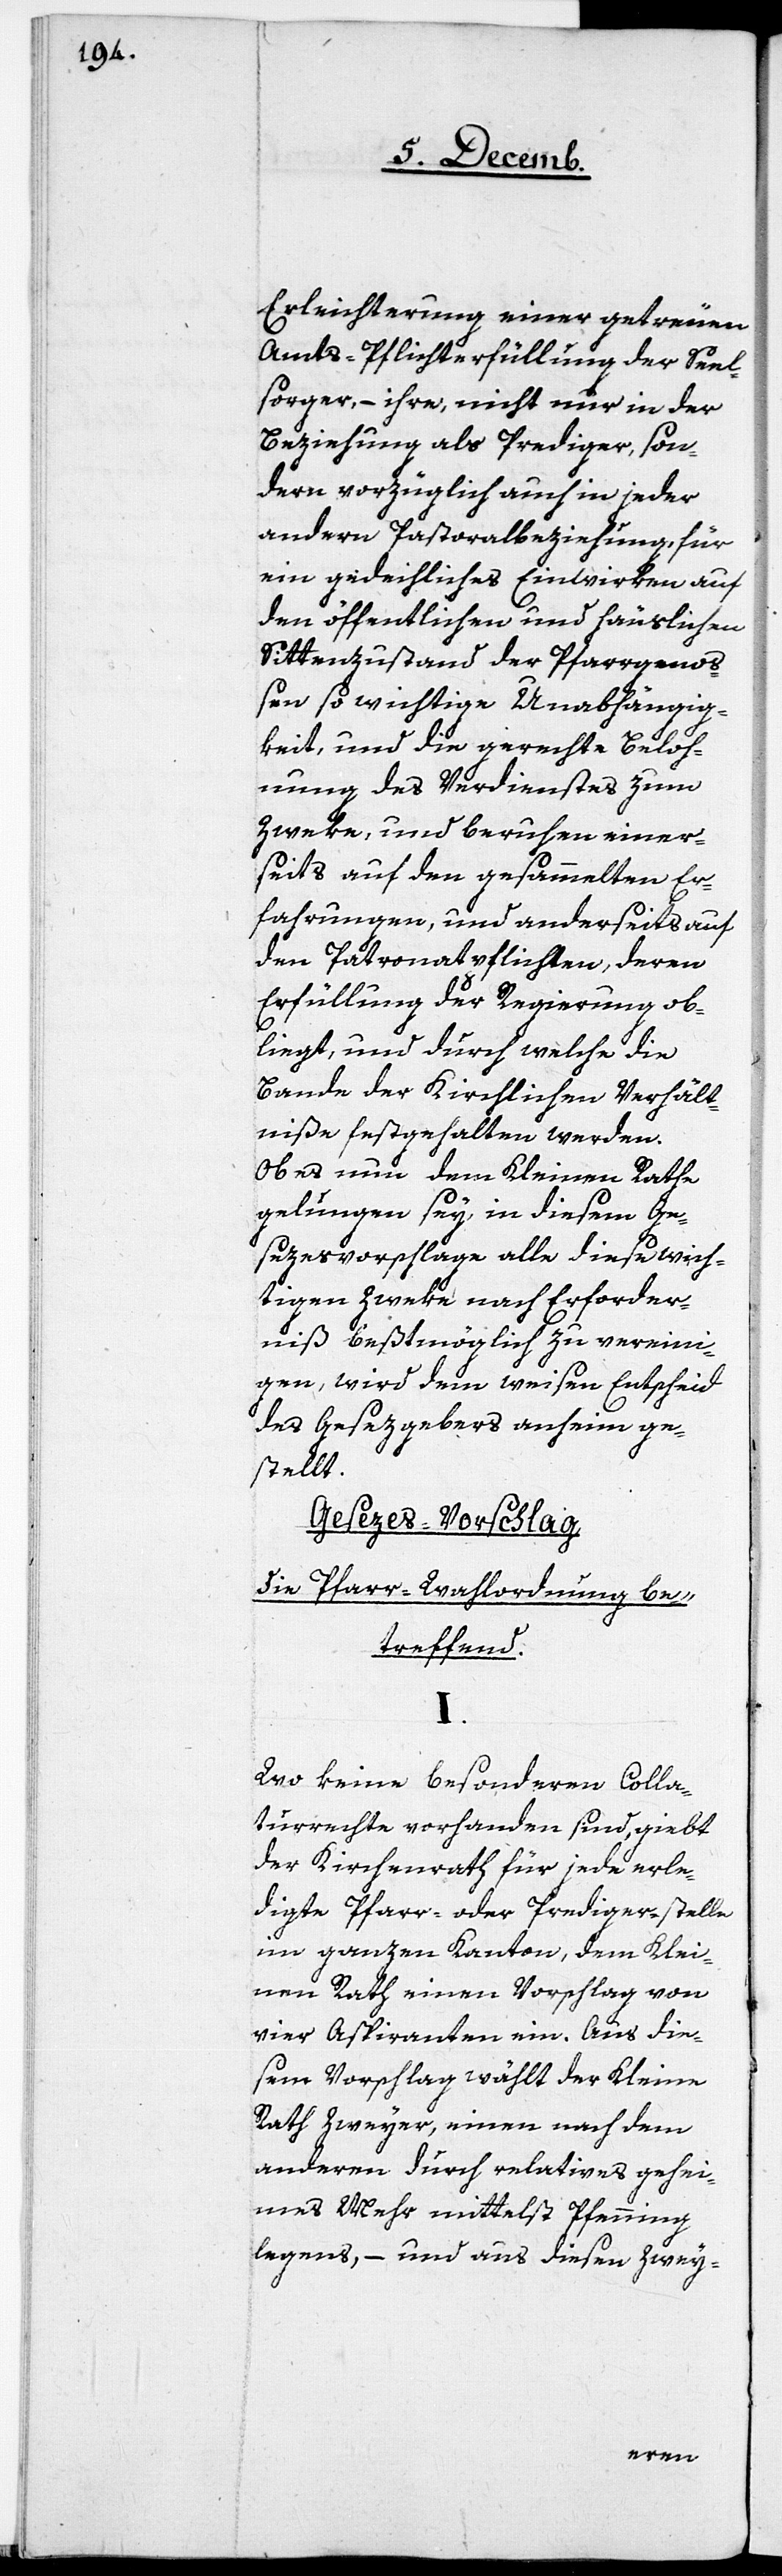
Erleichterung einer getreuen
Amts-Pflichterfüllung der Seel¬
sorger, – ihre, nicht nur in der
Beziehung als Prediger, son¬
dern vorzüglich auch in jeder
andern Pastoralbeziehung, für
ein gedeihliches Einwirken auf
den öffentlichen und häuslichen
Sittenzustand der Pfarrgenoß¬
en so wichtige Unabhängig¬
keit, und die gerechte Beloh¬
nung des Verdienstes zum
Zweke, und beruhen einer¬
seits auf den gesammelten Er¬
fahrungen, und anderseits auf
den Patronatpflichten, deren
Erfüllung der Regierung ob¬
liegt, und durch welche die
Bande der Kirchlichen Verhält¬
niße festgehalten werden.
Ob es nun dem Kleinen Rathe
gelungen sey, in diesem Ges¬
ezesvorschlage alle diese wich¬
tigen Zweke nach Erforder¬
niß beßtmöglich zu vereini¬
gen, wird dem weisen Entscheid
des Gesezgebers anheim ge¬
stellt.
Gesezes-Vorschlag,
die Pfarr-Wahlordnung be¬
treffend.
I.
Wo keine besonderen Colla¬
turrechte vorhanden sind, giebt
der Kirchenrath für jede erle¬
digte Pfarr- oder Prediger-stelle
im ganzen Kanton, dem Klei¬
nen Rath einen Vorschlag von
vier Aspiranten ein. Aus die¬
sem Vorschlag wählt der Kleine
Rath Zweyer, einen nach dem
anderen durch relatives gehei¬
mes Mehr mittelst Pfenning¬
legens, – und aus diesen Zwey-